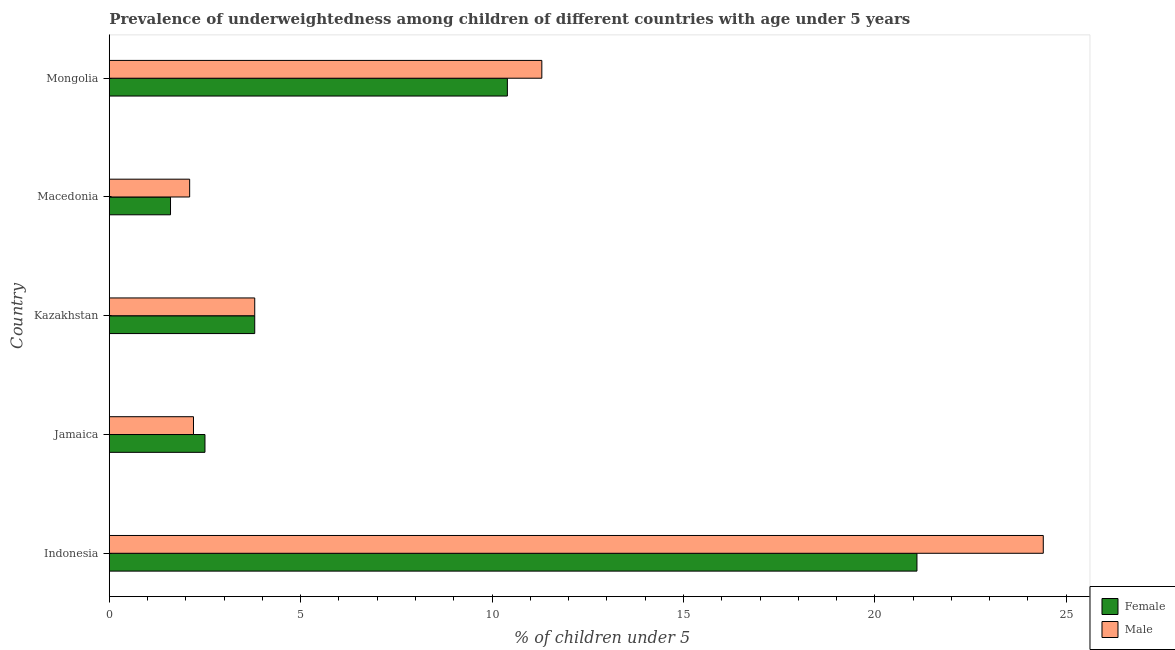
| Country | Female | Male |
 | --- | --- | --- |
 | Indonesia | 21.1 | 24.4 |
 | Jamaica | 2.5 | 2.2 |
 | Kazakhstan | 3.8 | 3.8 |
 | Macedonia | 1.6 | 2.1 |
 | Mongolia | 10.4 | 11.3 |